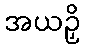
အယဉှိ